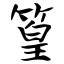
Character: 篁